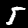
Digit: 5